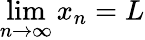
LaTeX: \lim\limits_{n\rightarrow\infty}x_{n}=L